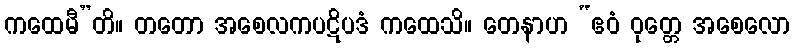
ကထေမီ”တိ။ တတော အစေလကပဋိပဒံ ကထေသိ။ တေနာဟ “ဧဝံ ဝုတ္တေ အစေလော